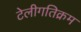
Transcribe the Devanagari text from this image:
टेलीगतिक्रम